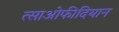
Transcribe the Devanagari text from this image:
त्साओफीदियान